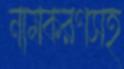
নামকরণসহ